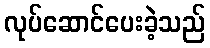
လုပ်ဆောင်ပေးခဲ့သည်